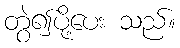
တွဲ၍ပို့ပေး သည်။